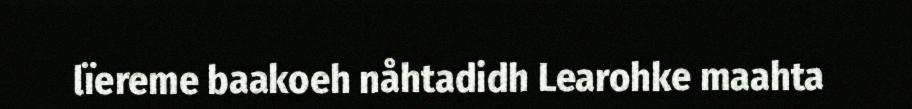
lïereme baakoeh nåhtadidh Learohke maahta